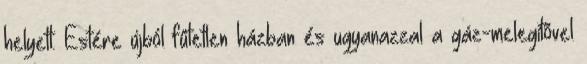
helyett. Estére újból fûtetlen házban és ugyanazzal a gáz-melegítõvel